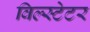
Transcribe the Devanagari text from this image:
विल्स्टेटर